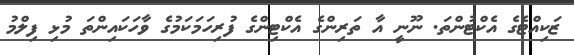
ޒަކިއްޓެގެ އެކްޓުންތަ. ނޫނީ އާ ތަރިންގެ އެކްޓިންގެ ފުރިހަމަކަމުގެ ވާހަކައިންތަ މުޅި ފިލްމު